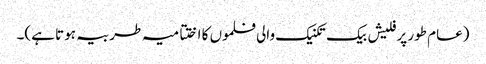
(عام طور پر فلیش بیک تکنیک والی فلموں کا اختتامیہ طربیہ ہوتا ہے)۔